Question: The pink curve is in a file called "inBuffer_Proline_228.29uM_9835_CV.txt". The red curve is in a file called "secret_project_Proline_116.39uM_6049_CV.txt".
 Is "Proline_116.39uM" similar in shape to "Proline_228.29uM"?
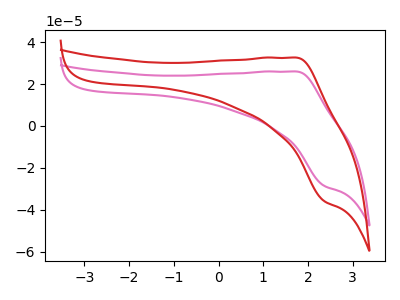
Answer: <think>The pink curve "Proline_228.29uM" has an anodic peak at (1.75V, 26.00uA) and a cathodic peak at (2.35V, -28.55uA). The red curve "Proline_116.39uM" has an anodic peak at (1.75V, 32.65uA) and a cathodic peak at (2.35V, -35.85uA).
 All the peaks in "Proline_116.39uM" have a peak in "Proline_228.29uM" at the same potential. Every peak in "Proline_116.39uM" is higher than every peak in "Proline_228.29uM".</think>
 <answer>"Proline_116.39uM" and "Proline_228.29uM" are similar in shape.</answer>
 <eval>same_shape</eval>